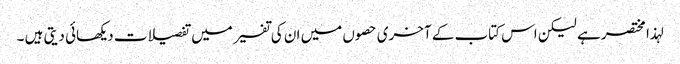
لہذا مختصر ہے لیکن اس کتاب کے آخری حصوں میں ان کی تفسیر میں تفصیلات دیکھائی دیتی ہیں ۔